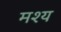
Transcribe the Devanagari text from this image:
मश्य